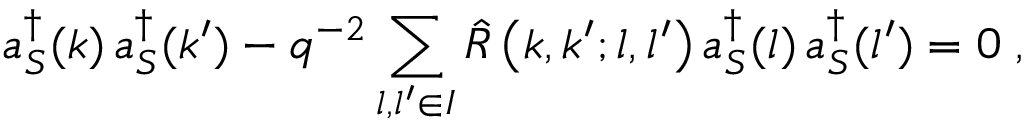
a _ { S } ^ { \dagger } ( k ) \, a _ { S } ^ { \dagger } ( k ^ { \prime } ) - q ^ { - 2 } \sum _ { l , l ^ { \prime } \in { \cal I } } { \hat { \cal R } } \left( k , k ^ { \prime } ; l , l ^ { \prime } \right) a _ { S } ^ { \dagger } ( l ) \, a _ { S } ^ { \dagger } ( l ^ { \prime } ) = 0 \; ,